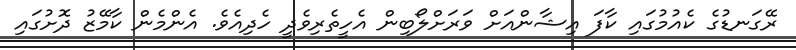
ރޭގަނޑުގެ ކެއުމުގައި ކާފަ އިޝާންއަށް ވަރަށްލޯބިން އެހީތެރިވެދީ ހެދިއެވެ. އެންމެން ކާމޭޒު ދޮށުގައި